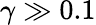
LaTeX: \gamma\gg 0.1